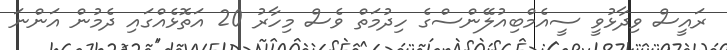
ރައީސް ވިދާޅުވީ ސީއެމްބިއުލޭންސްގެ ހިދުމަތް ވެސް މިހާރު 20 އަތޮޅެއްގައި ދެމުން އަންނަ